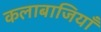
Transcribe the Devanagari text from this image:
कलाबाजियाँ